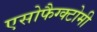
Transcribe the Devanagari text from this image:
एसोफैग्क्टोमी